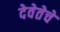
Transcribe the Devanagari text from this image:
देवेतेचे